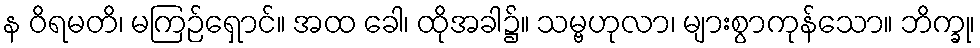
န ဝိရမတိ၊ မကြဉ်ရှောင်။ အထ ခေါ၊ ထိုအခါ၌။ သမ္ဗဟုလာ၊ များစွာကုန်သော။ ဘိက္ခု၊